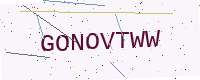
Text: GONOVTWW